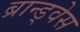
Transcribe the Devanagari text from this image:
ब्रान्ड्वेस